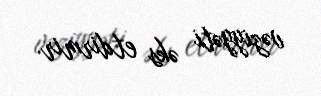
vəziyyəti əks etdirmir.